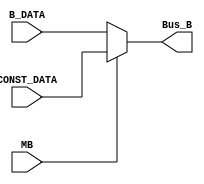
`timescale 1ns / 1ps

module MUX_B(
    input MB,
    input [31:0] CONST_DATA, B_DATA,
    output [31:0] Bus_B
    );
    
assign Bus_B = (!MB)? B_DATA : CONST_DATA; // If MUX B, then constant data , otherwise B data
    
endmodule